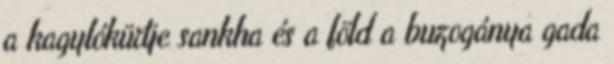
a kagylókürtje sankha és a föld a buzogánya gada